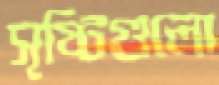
সৃষ্টিগুলো